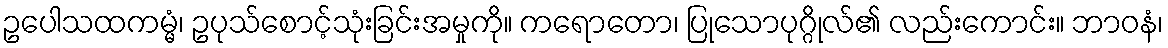
ဥပေါသထကမ္မံ၊ ဥပုသ်စောင့်သုံးခြင်းအမှုကို။ ကရောတော၊ ပြုသောပုဂ္ဂိုလ်၏ လည်းကောင်း။ ဘာဝနံ၊